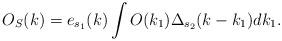
LaTeX: \begin{align*}O_S(k) = e_{s_1}(k) \int O(k_1) \Delta_{s_2}(k - k_1) dk_1.\end{align*}